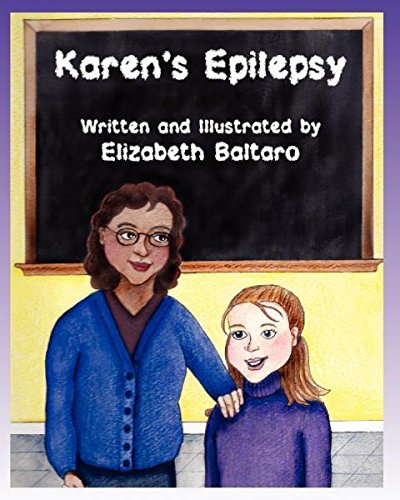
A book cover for Karen's Epilepsy; Elizabeth Baltaro; Health, Fitness & Dieting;